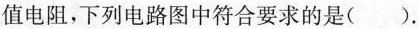
值电阻，下列电路图中符合要求的是( ).